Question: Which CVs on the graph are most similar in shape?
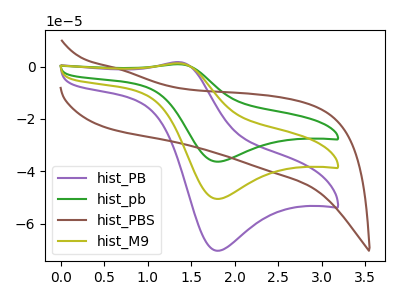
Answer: <think>The purple curve "hist_PB" has an anodic peak at (1.35V, 1.70uA) and a cathodic peak at (1.80V, -70.25uA). The green curve "hist_pb" has an anodic peak at (1.35V, 2.40uA) and a cathodic peak at (1.80V, -101.00uA). The brown curve "hist_PBS" has no peaks. The olive curve "hist_M9" has an anodic peak at (1.35V, 1.20uA) and a cathodic peak at (1.80V, -50.50uA).
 All the peaks in "hist_PB" have a peak in "hist_pb" at the same potential. Every peak in "hist_PB" is lower than every peak in "hist_pb". "hist_PB" and "hist_PBS" have a different number of peaks. All the peaks in "hist_PB" have a peak in "hist_M9" at the same potential. Every peak in "hist_PB" is higher than every peak in "hist_M9". "hist_pb" and "hist_PBS" have a different number of peaks. All the peaks in "hist_pb" have a peak in "hist_M9" at the same potential. Every peak in "hist_pb" is higher than every peak in "hist_M9". "hist_PBS" and "hist_M9" have a different number of peaks.</think>
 <answer>"hist_PB", "hist_pb" and "hist_M9" have the same shape and are likely CV's of the same chemical.</answer>
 <eval>"hist_PB" "hist_pb" "hist_M9"</eval>